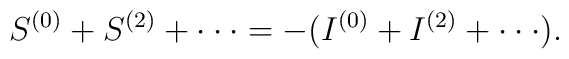
S^{(0)}+S^{(2)}+ \cdot \cdot \cdot =-(I^{(0)}+ I^{(2)} + \cdot \cdot \cdot).